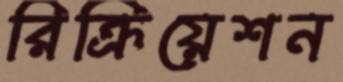
রিক্রিয়েশন